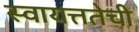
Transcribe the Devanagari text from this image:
स्वायत्ततेची